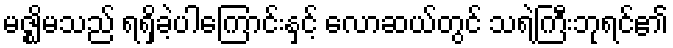
မဇ္ဈိမသည် ရရှိခဲ့ပါကြောင်းနှင့် လောဆယ်တွင် သရဲကြီးဘုရင်၏